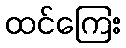
ထင်ကြေး